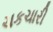
ચકચારી